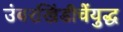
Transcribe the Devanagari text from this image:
उंबरखिंडीचेंयुद्ध